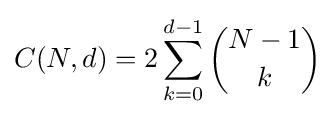
C(N,d)=2\sum _{k=0}^{d-1}{\binom {N-1}{k}}